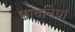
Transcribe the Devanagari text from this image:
छावनियां